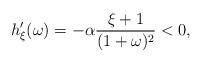
LaTeX: \begin{align*}h_{\xi}^{\prime}(\omega) = - \alpha \frac{\xi + 1}{(1 + \omega)^2} < 0,\end{align*}